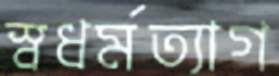
স্বধর্মত্যাগ